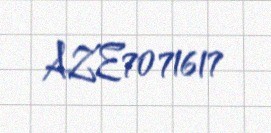
AZE7071617